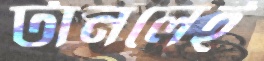
টানলেই